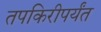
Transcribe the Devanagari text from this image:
तपकिरीपर्यंत